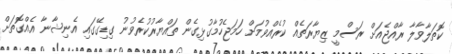
ކޮތަލާވާލާ ރާއްޖެއަށް ރަސްމީ ޒިޔާރަތެއް ކުރެއްވުމަށް ހަމަޖެހުމާގުޅިގެން ތައްޔާރުކުރެވުނު ގިޑިގޭގައި އެނިޝާނާ އެއްގޮތަށް